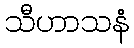
သီဟာသနံ